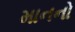
માનનો